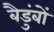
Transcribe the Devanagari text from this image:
बैडुंबों